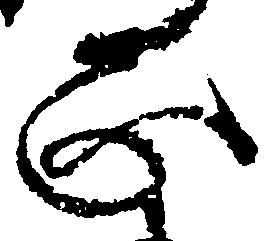
正